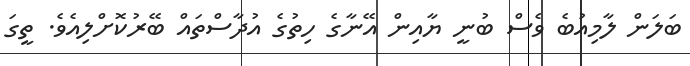
ބަލަން ލާމިއުބެ ވެސް ބުނީ ޔާއިން އޭނާގެ ހިތުގެ އުދާސްތައް ބޭރުކޮށްލިއެވެ. ތީގަ